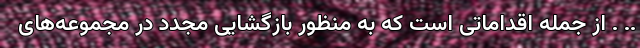
.. . از جمله اقداماتی است که به منظور بازگشایی مجدد در مجموعه‌های